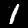
Digit: 1